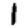
Digit: 1